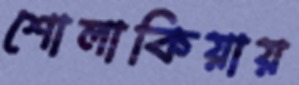
শোলাকিয়ায়